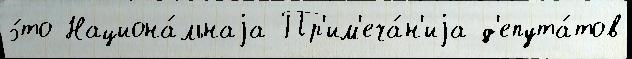
э́то Национа́льнаjа Пр'им'еча́н'иjа д'епута́тов